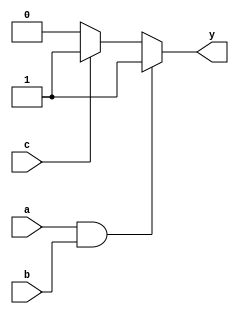
module combinational_logic (
    input wire a,              // First input
    input wire b,              // Second input
    input wire c,              // Third input
    output reg y               // Output
);

// Always block that models combinational logic
always @(*) begin
    // Procedural assignment using '=' for combinational logic
    if (a && b) begin
        y = 1;                 // If both a and b are high, set y to 1
    end else if (c) begin
        y = 1;                 // If c is high, set y to 1
    end else begin
        y = 0;                 // Otherwise, set y to 0
    end
end

endmodule